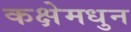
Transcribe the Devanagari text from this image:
कक्षेमधुन